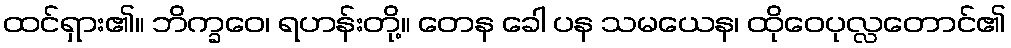
ထင်ရှား၏။ ဘိက္ခဝေ၊ ရဟန်းတို့။ တေန ခေါ ပန သမယေန၊ ထိုဝေပုလ္လတောင်၏